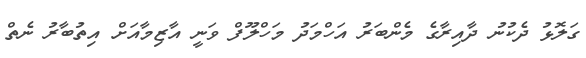
ގަލޮޅު ދެކުނު ދާއިރާގެ މެންބަރު އަހްމަދު މަހްލޫފް ވަނީ އާޒިމާއަށް އިތުބާރު ނެތް